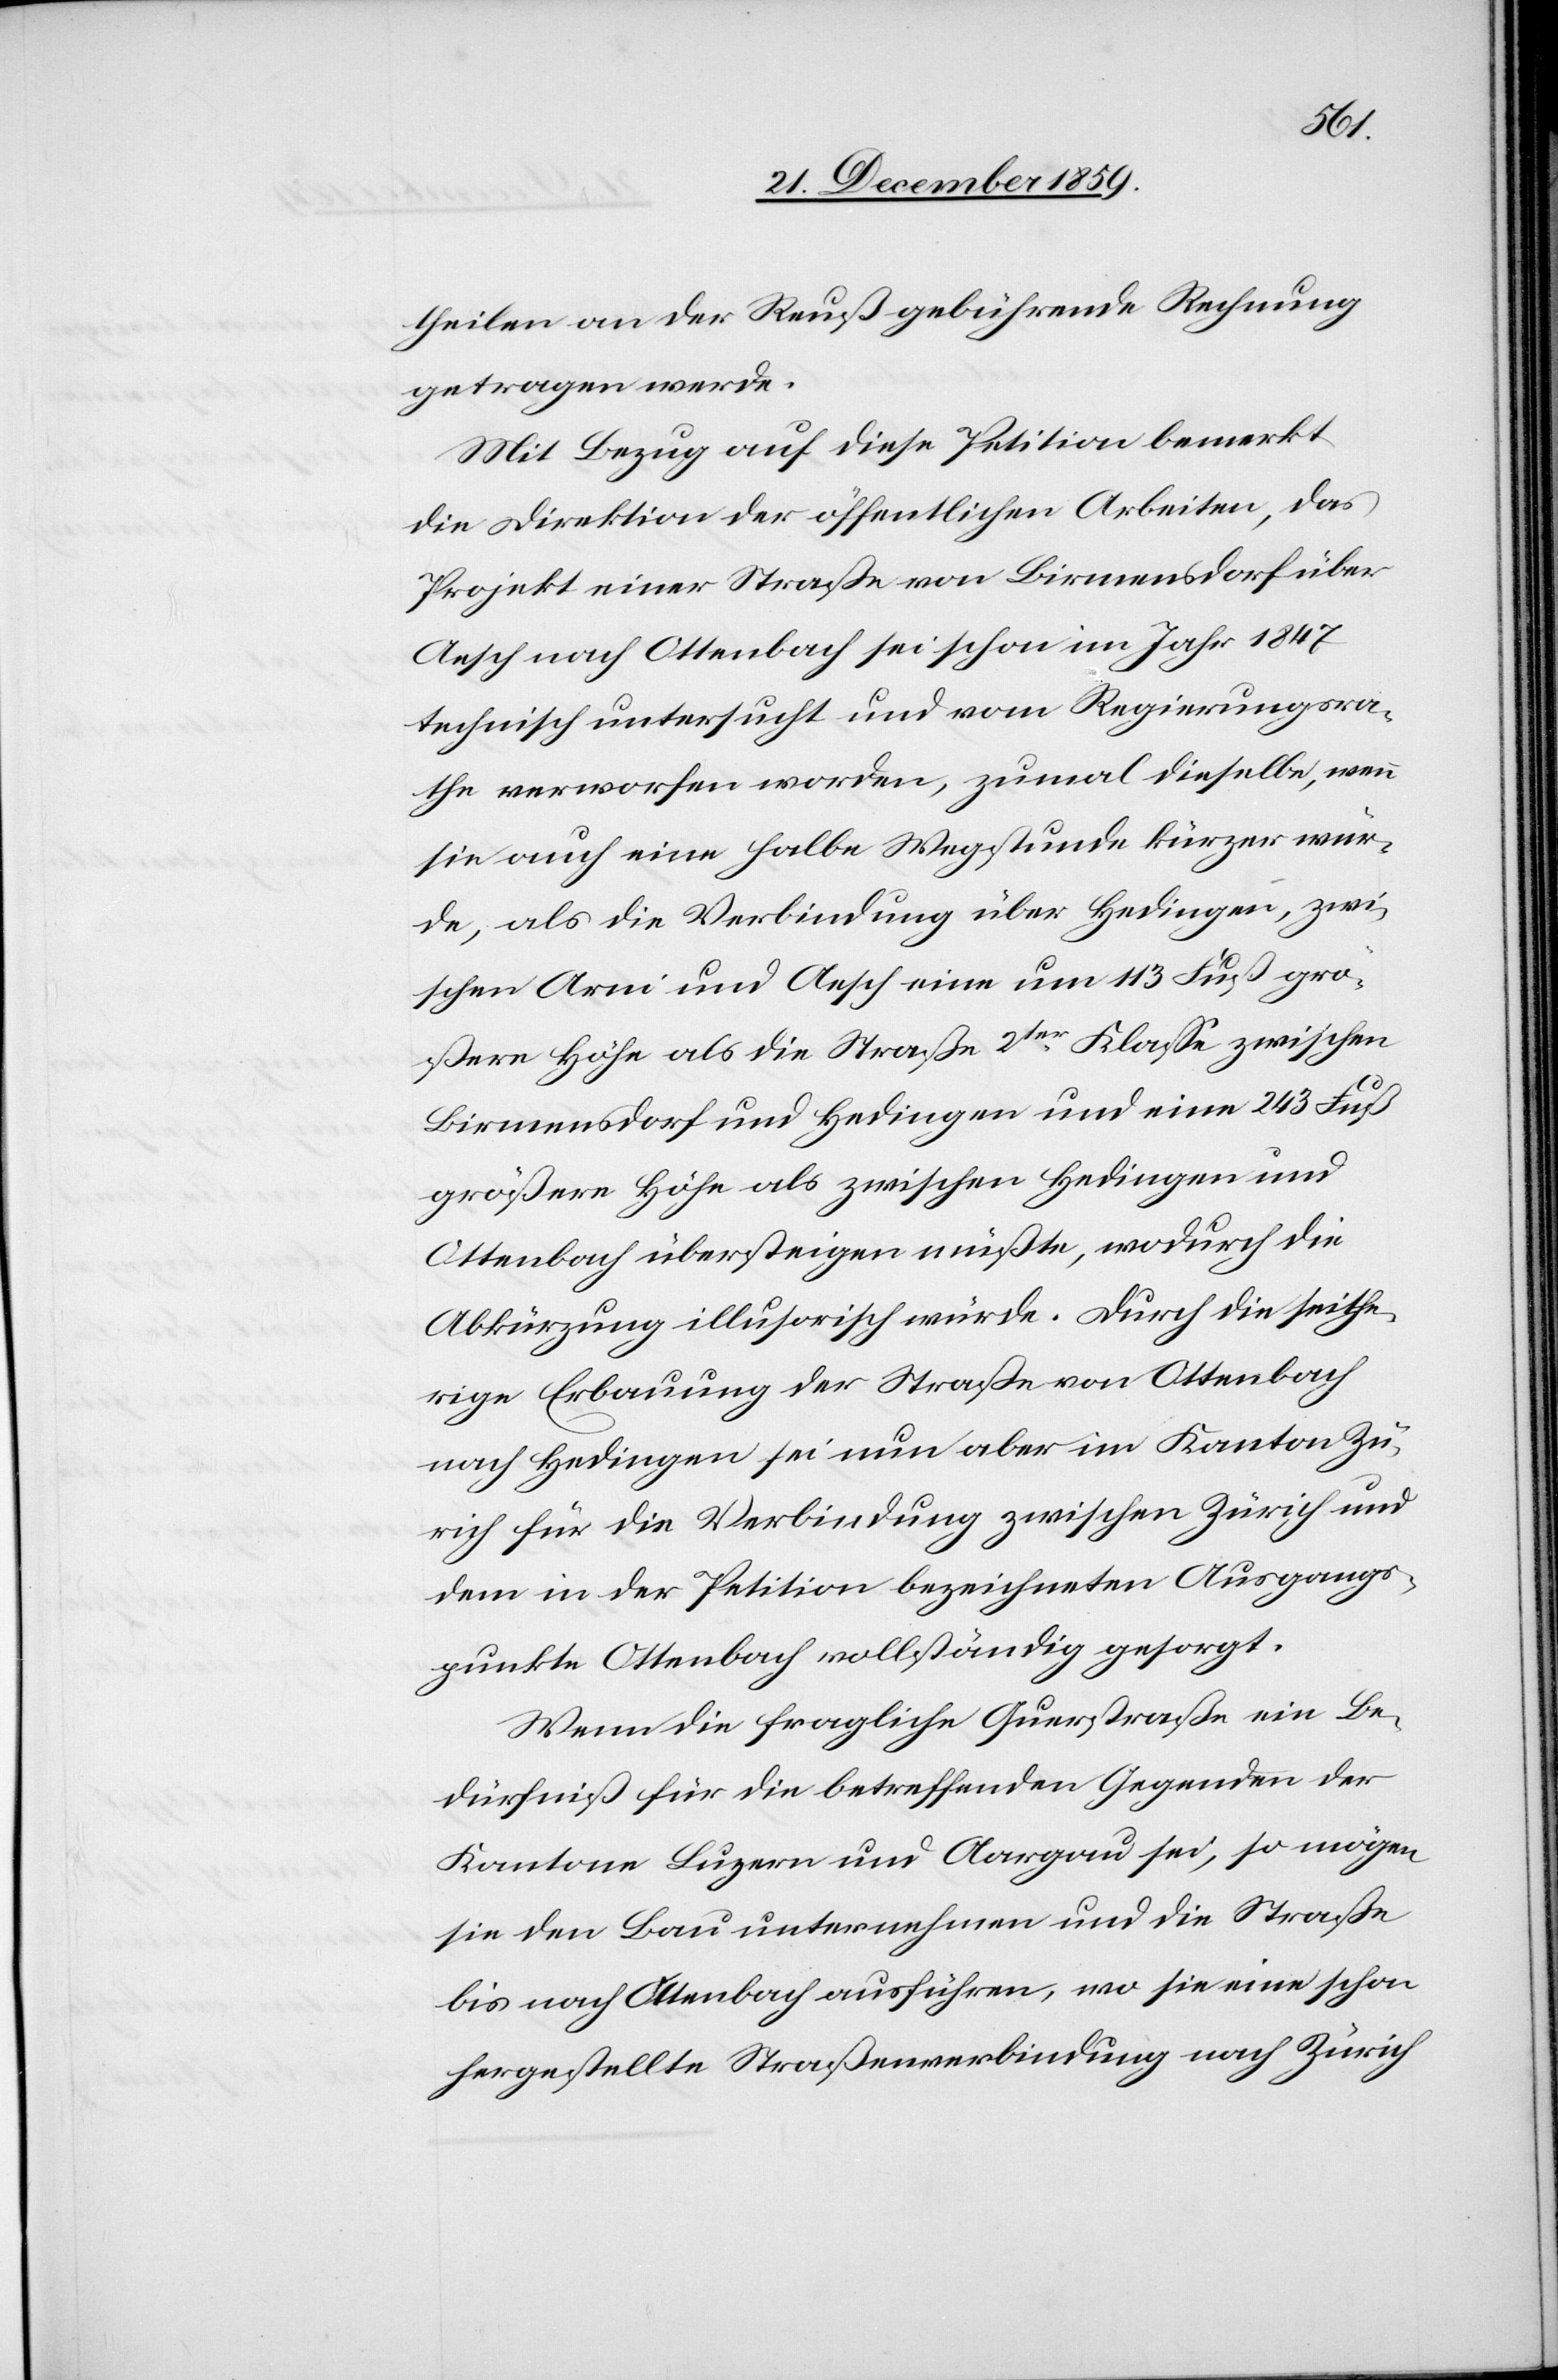
theilen an der Reuß gebührende Rechnung
getragen werde.
Mit Bezug auf diese Petition bemerkt
die Direktion der öffentlichen Arbeiten, das
Projekt einer Straße von Birmensdorf über
Aesch nach Ottenbach sei schon im Jahr 1847
technisch untersucht und vom Regierungsra¬
the verworfen worden, zumal dieselbe, wenn
sie auch eine halbe Wegstunde kürzer wür¬
de, als die Verbindung über Hedingen, zwi¬
schen Arni und Aesch eine um 133 Fuß grö¬
ßere Höhe als die Straße 2ter Klasse zwischen
Birmensdorf und Hedingen und eine 243 Fuß
größere Höhe als zwischen Hedingen und
Ottenbach übersteigen müßte, wodurch die
Abkürzung illusorisch würde. Durch die seithe¬
rige Erbauung der Straße von Ottenbach
nach Hedingen sei nun aber im Kanton Zü¬
rich für die Verbindung zwischen Zürich und
dem in der Petition bezeichneten Ausgangs¬
punkte Ottenbach vollständig gesorgt.
Wenn die fragliche Querstraße ein Be¬
dürfniß für die betreffenden Gegenden der
Kantone Luzern und Aargau sei, so mögen
sie den Bau unternehmen und die Straße
bis nach Ottenbach ausführen, wo sie eine schon
hergestellte Straßenverbindung nach Zürich